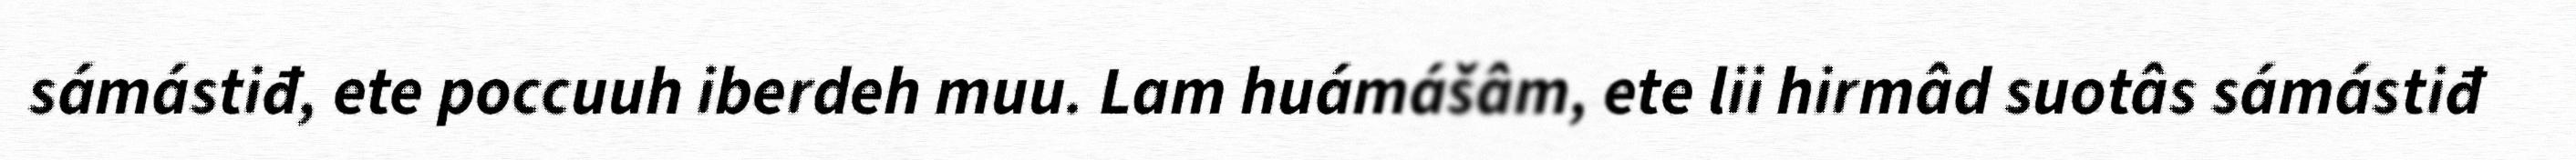
sámástiđ, ete poccuuh iberdeh muu. Lam huámášâm, ete lii hirmâd suotâs sámástiđ